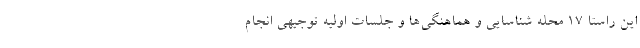
این راستا ۱۷ محله شناسایی و هماهنگی‌ها و جلسات اولیه توجیهی انجام